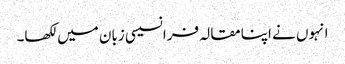
انہوں نے اپنا مقالہ فرانسیسی زبان میں لکھا۔